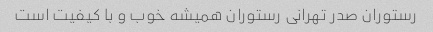
رستوران صدر تهرانی رستوران همیشه خوب و با کیفیت است